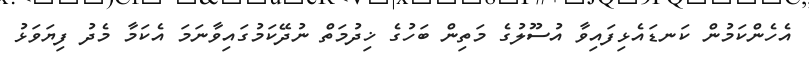
އެހެންކަމުން ކަނޑައެޅިފައިވާ އުސޫލުގެ މަތިން ބަހުގެ ޚިދުމަތް ނުދޭކަމުގައިވާނަމަ އެކަމާ މެދު ފިޔަވަޅު